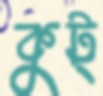
কুট্‌